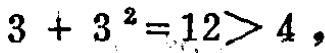
$3 + 3^{2}=12>4$，